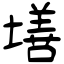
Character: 墡